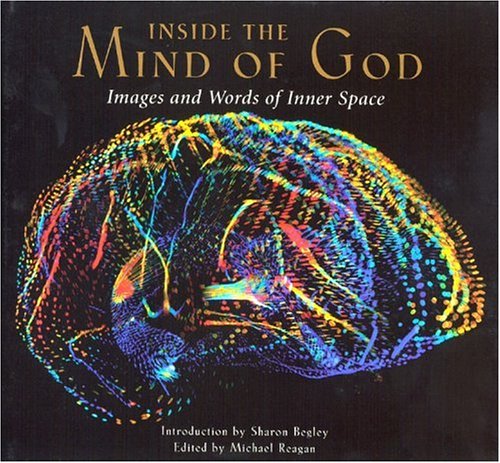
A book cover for Inside The Mind Of God: Images and Words of Inner Space; Michael Reagan; Religion & Spirituality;